Vaccination returns of the Province of Eastern Bengal and Assam - 1905-1912
Year: 1905
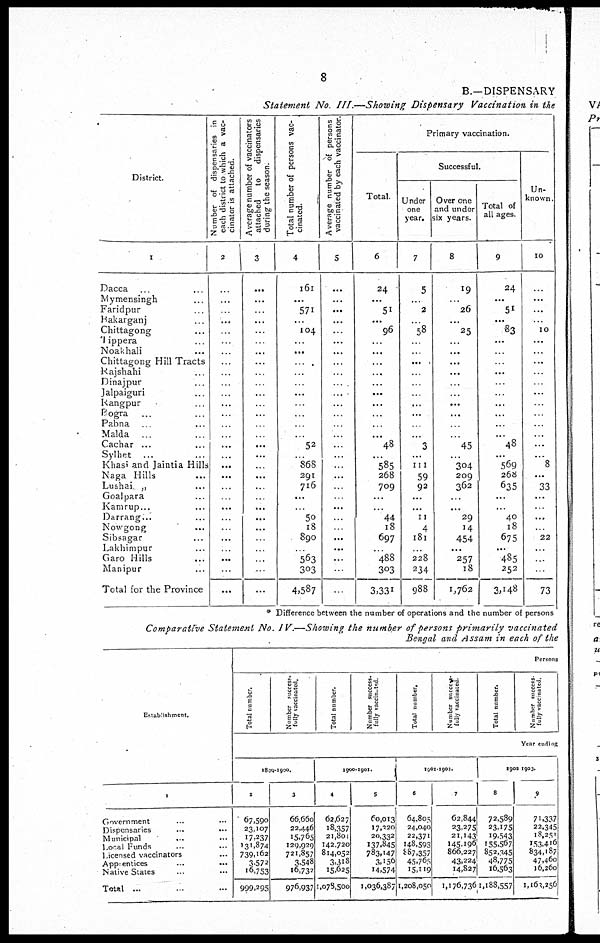
8
B.—DISPENSARY
Statement
No. III.—Showing
Dispensary
Vaccination in the
District.
1
Dacca ... ...
Mymensingh ...
Faridpur ...
Bakarganj ...
Chittagong ...
Tippera ...
Noakhali ...
Chittagong Hill Tracts
Rajshahi ...
Dinajpur
...
Jalpaiguri ...
Rangpur ...
Bogra ... ...
Pabna
... ...
Malda
... ...
Cachar ... ...
Sylhet
... ...
Khasi and Jaintia Hills
Naga Hills ...
Lushai „ ...
Goalpara ...
Kamrup... ... ...
Darrang... ...
Nowgong ... ...
Sibsagar ...
Lakhimpur ...
Garo Hills ...
Manipur ...
Total for the Province
Number of dispensaries in
each district to which a vac-
cinator is attached.
2
...
...
...
...
...
...
...
...
...
...
...
...
...
...
...
...
...
...
...
...
...
...
...
...
...
...
...
...
...
Average number of vaccinators
attached
to
dispensaries
during the season.
3
...
...
...
...
...
...
...
...
...
...
...
...
...
...
...
...
...
...
...
...
...
...
...
...
...
...
...
...
...
Total number of persons vac-
cinated.
4
161
...
571
...
104
...
...
...
...
...
...
...
...
...
...
52
...
868
291
716
...
...
50
18
890
...
563
303
4,587
Average number of persons
vaccinated by each vaccinator.
5
...
...
...
...
...
...
...
...
...
...
...
...
...
...
...
...
...
...
...
...
...
...
...
...
...
...
...
...
...
Primary vaccination.
Total.
6
24
...
51
...
96
...
...
...
...
...
...
...
...
...
...
48
...
585
268
709
...
...
44
18
697
...
488
303
3,331
Successful.
Under
one
year.
7
5
...
2
...
58
...
...
...
...
...
...
...
...
...
...
3
...
111
59
92
...
...
11
4
181
...
228
234
988
Over one
and under
six years.
8
19
...
26
...
25
...
...
...
...
...
...
...
...
...
...
45
...
304
209
362
...
...
29
14
454
...
257
18
1,762
Total of
all ages.
9
24
...
51
...
83
...
...
...
...
...
...
...
...
...
...
48
...
569
268
635
...
...
40
18
675
...
485
252
3,148
Un-
known .
10
...
...
...
...
10
...
...
...
...
...
...
...
...
...
...
...
...
8
...
33
...
...
...
...
22
...
...
...
73
* Difference between the number of operations and the number of persons
Comparative Statement No. IV.—Showing
the number of persons primarily
vaccinated
Bengal and Assam in each of the
Establishment.
1
Government ... ...
Dispensaries
...
...
Municipal ... ...
Local Funds ... ...
Licensed vaccinators ...
Apprentices
...
...
Native Stales ... ...
Total ... ... ...
Persons
Total number.
Number success.
fully vaccinated.
Total number.
Number success-
fully vaccinated.
Total number.
Number success¬
fully vaccinated.
Total number.
Number success¬
fully vaccinated.
Year ending
1899-1900.
2
67,590
23,107
17,237
131,874
739,162
3,572
16,753
999,295
3
66,660
22,446
15,765
129,929
721,857
3,548
16,732
976,937
1900-1901.
4
62,627
18,357
21,801
142,720
814,052
3,318
15,625
1,078,500
5
60,013
17,320
20,332
137,845
783,147
3,156
14,574
1,036,387
1901-1902.
6
64,805
24,040
22,371
148,593
887,357
45,765
15,119
1,208,050
7
62,844
23,275
21,143
145,196
866,227
43,224
14,827
1,176,736
1902-1903.
8
72,589
23,175
19,543
155,567
852,345
48,775
16,563
1,188,557
9
71,337
22,345
l8,251
153,416
834,187
47,460
16,260
1,163,256